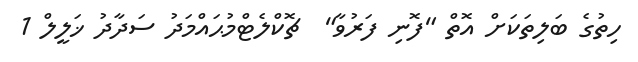
ހިތުގެ ބަލިތަކަށް އޮތް "ފޮނި ފަރުވާ"  ޗޮކްލެޓްމުޙައްމަދު ސަދާދު ޚަލީލް 1